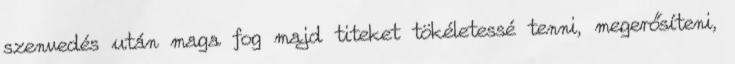
szenvedés után maga fog majd titeket tökéletessé tenni, megerősíteni,